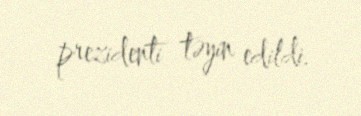
prezidenti təyin edildi.